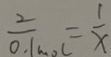
\frac { 2 } { 0 . 1 m o l } = \frac { 1 } { x }